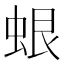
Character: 蛝